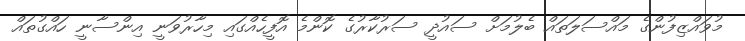
މުވައްޒިފުންގެ މައްސަލަތައް ބެލުމަށް ސައުދީ ސަރުކާރުގެ ކޮންމެ އޮފީހެއްގައި މިހާރުވަނީ އިންސާނީ ހައްގުތައް